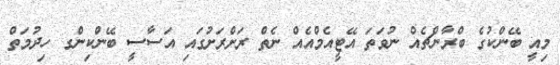
މިއީ ބޭންކުގެ ބްރާންޗެއް ނުވަތަ އޭޓީއެމްއެއް ނެތް ރަށްރަށުގައި އަސާސީ ބޭންކިންގ ހިދުމަތް